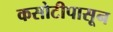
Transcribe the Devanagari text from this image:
कसोटीपासून